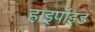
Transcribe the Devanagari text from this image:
हाइपॉइड